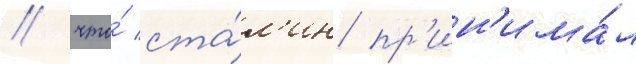
/ что́ ста́л'ин пр'ин'има́л